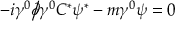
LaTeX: - i \gamma ^ { 0 } { \partial \! \! \! { \big / } } \gamma ^ { 0 } C ^ { * } \psi ^ { * } - m \gamma ^ { 0 } \psi = 0